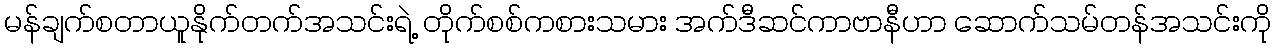
မန်ချက်စတာယူနိုက်တက်အသင်းရဲ့ တိုက်စစ်ကစားသမား အက်ဒီဆင်ကာဗာနီဟာ ဆောက်သမ်တန်အသင်းကို